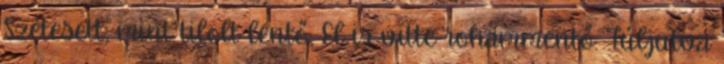
Szétesett, mint tilolt lentő, El is vitte rohammentő. Túljutva